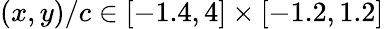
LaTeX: (x,y)/c\in[-1.4,4]\times[-1.2,1.2]